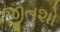
જીતશો